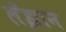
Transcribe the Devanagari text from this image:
लँझान